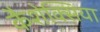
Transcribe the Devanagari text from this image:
कैशेक्सिया